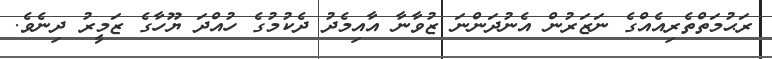
ރަޙުމަތްތެރިއެއްގެ ނަޒަރުން އެނުދަންނަ ޒުވާނާ އާއިމެދު ދެކުމުގެ ހުއްދަ ޔޫހާގެ ޒަމީރު ދިނެވެ.